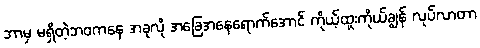
ဘာမှ မရှိတဲ့ဘဝကနေ အခုလို အခြေအနေရောက်အောင် ကိုယ့်ထူးကိုယ်ချွန် လုပ်လာတာ